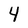
Character: 4